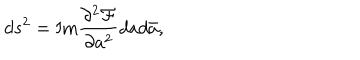
d s ^ { 2 } = \mathrm { I m } \frac { \partial ^ { 2 } { \cal F } } { \partial a ^ { 2 } } d a d \bar { a } ,